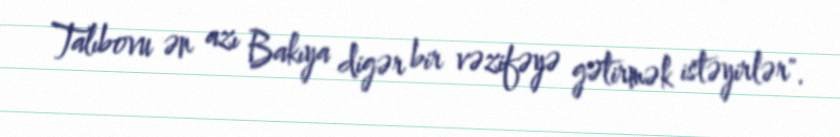
Talıbovu ən azı Bakıya digər bir vəzifəyə gətirmək istəyirlər".